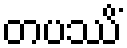
တပဿိံ